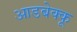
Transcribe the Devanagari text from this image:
आडबेक्कू